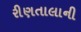
રીણતાલાની